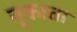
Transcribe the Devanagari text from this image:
नूकाता